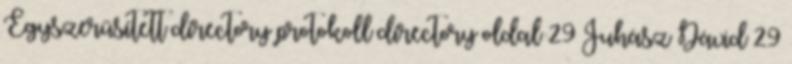
Egyszerűsített directory protokoll directory oldal 29 Juhász Dávid 29